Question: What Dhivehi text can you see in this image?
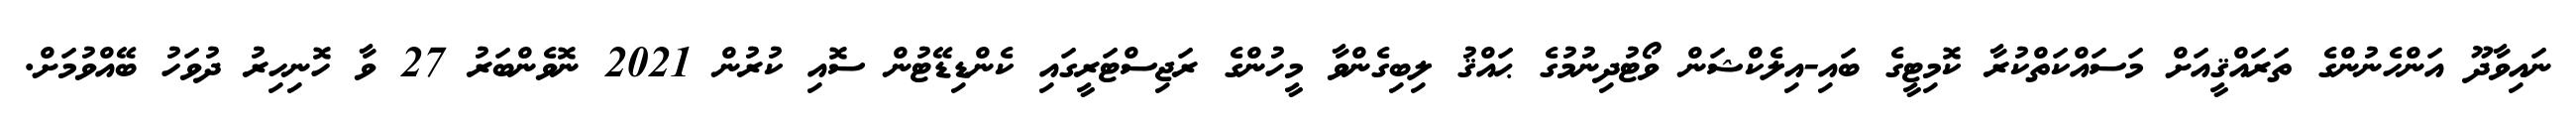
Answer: ނައިވާދޫ އަންހެނުންގެ ތަރައްޤީއަށް މަސައްކަތްކުރާ ކޮމިޓީގެ ބައި-އިލެކްޝަން ވޯޓުދިނުމުގެ ޙައްޤު ލިބިގެންވާ މީހުންގެ ރަޖިސްޓަރީގައި ކެންޑިޑޭޓުން ސޮއި ކުރުން 2021 ނޮވެންބަރު 27 ވާ ހޮނިހިރު ދުވަހު ބޭއްވުމަށް.